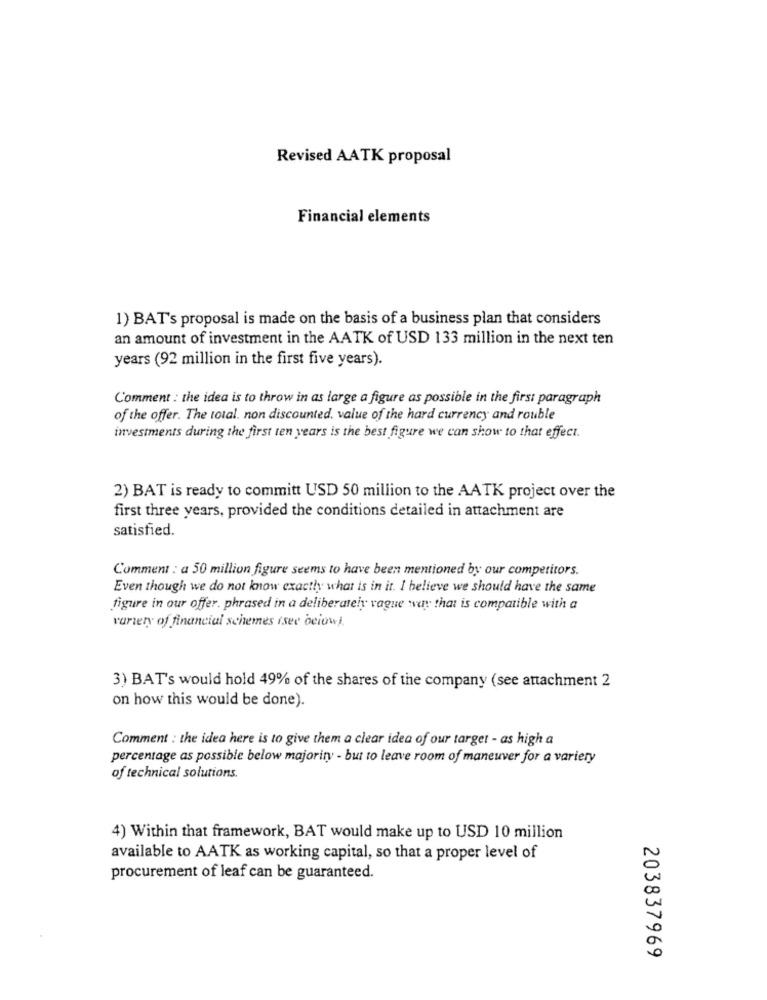
Revised AATK proposal
Financial elements
1) BAT's proposal is made on the basis of a business plan that considers
an amount of investment in the AATK of USD 133 million in the next ten
years (92 million in the first five years).
Comment : the idea is to throw in as large a figure as possible in the first paragraph
of the offer. The total. non discounted, value of the hard currency and rouble
investments during the first ten years is the best figure we can show to that effect.
2) BAT is ready to committ USD 50 million to the AATK project over the
first three years, provided the conditions detailed in attachment are
satisfied.
Comment : a 50 million figure seems to have been mentioned by our competitors.
Even though we do not know exactly what is in it. I believe we should have the same
figure in our offer. phrased in a deliberately vague way that is compatible with a
variety of financial schemes isee belowi.
3) BAT's would hold 49% of the shares of the company (see attachment 2
on how this would be done).
Comment : the idea here is to give them a clear idea of our target - as high a
percentage as possible below majority - but to leave room of maneuver for a variety
of technical solutions.
4) Within that framework, BAT would make up to USD 10 million
available to AATK as working capital, so that a proper level of
procurement of leaf can be guaranteed.
203837969